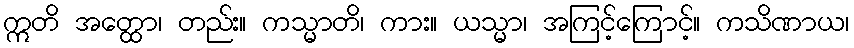
ဣတိ အတ္ထော၊ တည်း။ ကသ္မာတိ၊ ကား။ ယသ္မာ၊ အကြင့်ကြောင့်။ ကသိဏာယ၊